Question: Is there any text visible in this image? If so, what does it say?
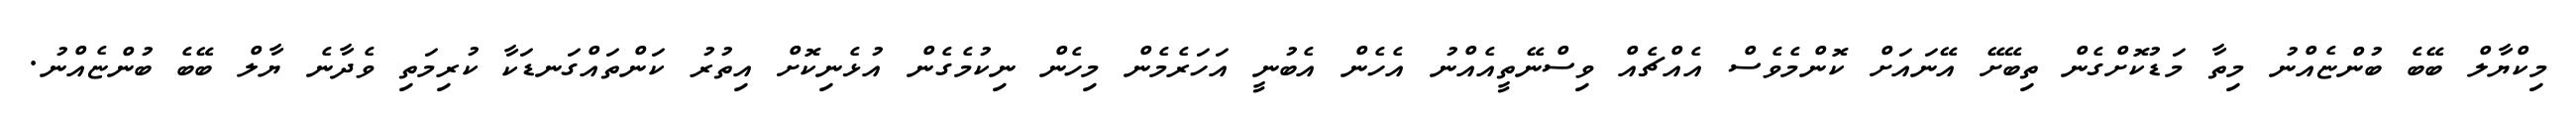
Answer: މިކްޔާލް ބޭބެ ބުންޏެއްނު މިތާ މަޑުކޮށްގެން ތިބޭށޭ އޭނައަށް ކޮންމެވެސް އެއްޗެއް ވިސްނޭތީއެއްނު އެހެން އެބުނީ އަހަރެމެން މިހެން ނިކުމެގެން އުޅެނިކޮށް އިތުރު ކަންތައްގަނޑަކާ ކުރިމަތި ވެދާނެ ޔާލް ބޭބެ ބުންޏެއްނު.